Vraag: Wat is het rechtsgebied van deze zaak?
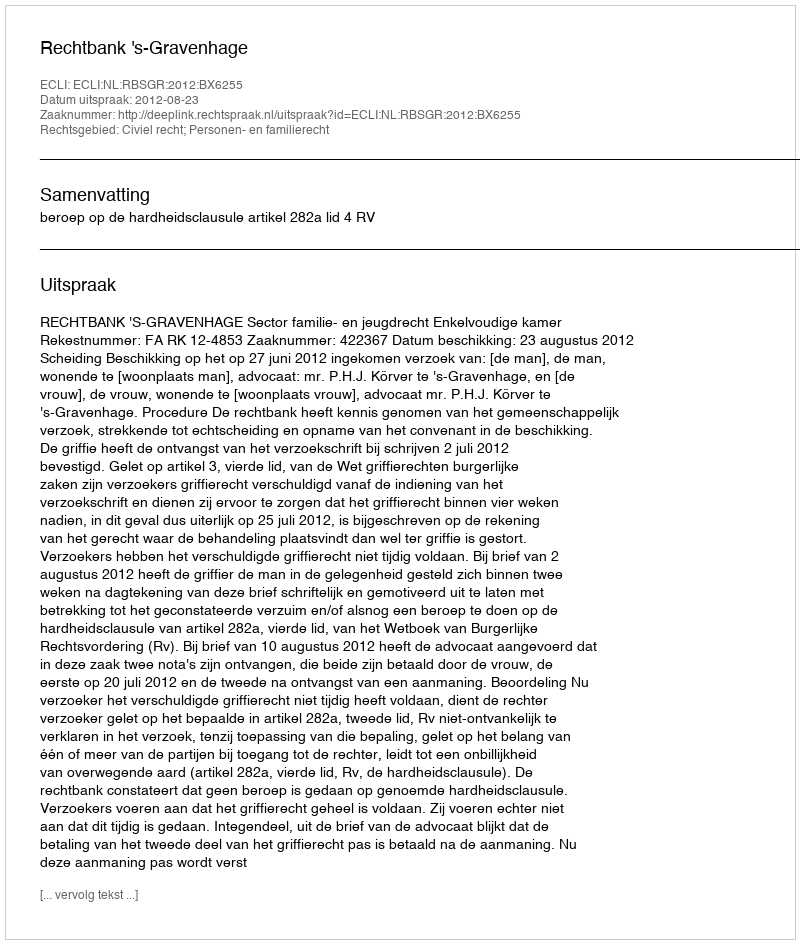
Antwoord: Civiel recht; Personen- en familierecht